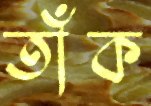
তাঁক